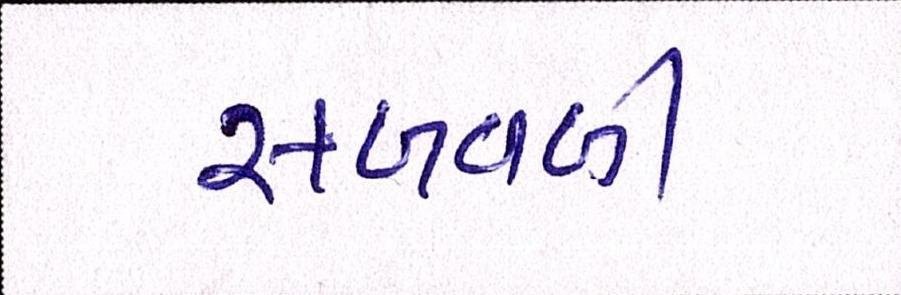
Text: સળવળી